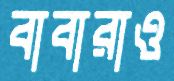
বাবারাও